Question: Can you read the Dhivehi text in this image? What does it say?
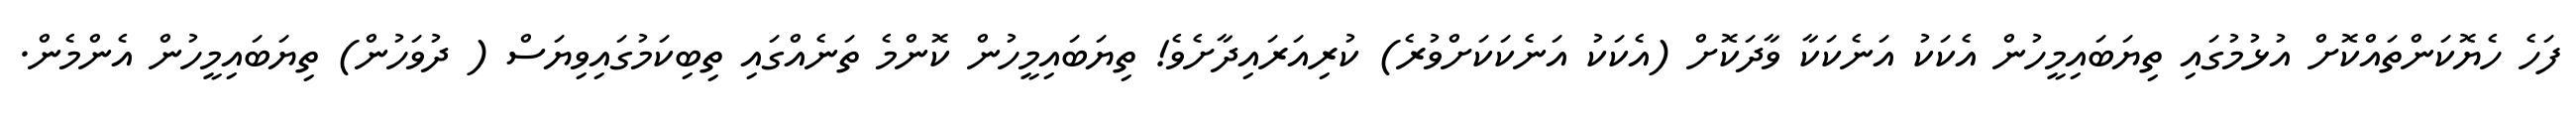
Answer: ފަހެ ހެޔޮކަންތައްކޮށް އުޅުމުގައި ތިޔަބައިމީހުން އެކަކު އަނެކަކާ ވާދަކޮށް (އެކަކު އަނެކަކަށްވުރެ) ކުރިއަރައިދާށެވެ! ތިޔަބައިމީހުން ކޮންމެ ތަނެއްގައި ތިބިކަމުގައިވިޔަސް ( ދުވަހުން) ތިޔަބައިމީހުން އެންމެން.